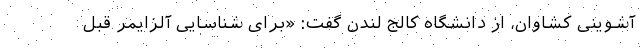
آشوینی کشاوان، از دانشگاه کالج لندن گفت: «برای شناسایی آلزایمر قبل